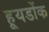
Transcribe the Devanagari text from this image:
हूयडोंक